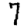
Digit: 7